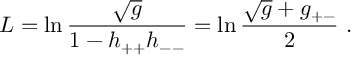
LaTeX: L = \ln \frac { \sqrt g } { 1 - h _ { + + } h _ { -- } } = \ln \frac { \sqrt g + g _ { + - } } { 2 } \ .